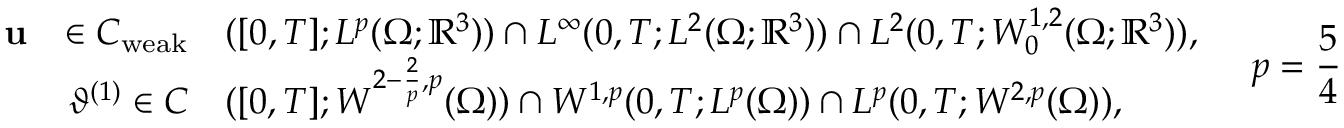
\begin{array} { r l } { \textbf { \textup { u } } \in C _ { \mathrm { w e a k } } } & { ( [ 0 , T ] ; L ^ { p } ( \Omega ; \mathbb { R } ^ { 3 } ) ) \cap L ^ { \infty } ( 0 , T ; L ^ { 2 } ( \Omega ; \mathbb { R } ^ { 3 } ) ) \cap L ^ { 2 } ( 0 , T ; W _ { 0 } ^ { 1 , 2 } ( \Omega ; \mathbb { R } ^ { 3 } ) ) , } \\ { \vartheta ^ { ( 1 ) } \in C } & { ( [ 0 , T ] ; W ^ { 2 - \frac { 2 } { p } , p } ( \Omega ) ) \cap W ^ { 1 , p } ( 0 , T ; L ^ { p } ( \Omega ) ) \cap L ^ { p } ( 0 , T ; W ^ { 2 , p } ( \Omega ) ) , } \end{array} \quad p = \frac { 5 } { 4 }